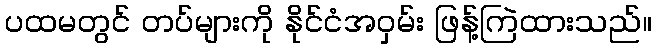
ပထမတွင် တပ်များကို နိုင်ငံအဝှမ်း ဖြန့်ကြဲထားသည်။